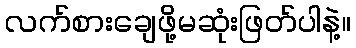
လက်စားချေဖို့မဆုံးဖြတ်ပါနဲ့။